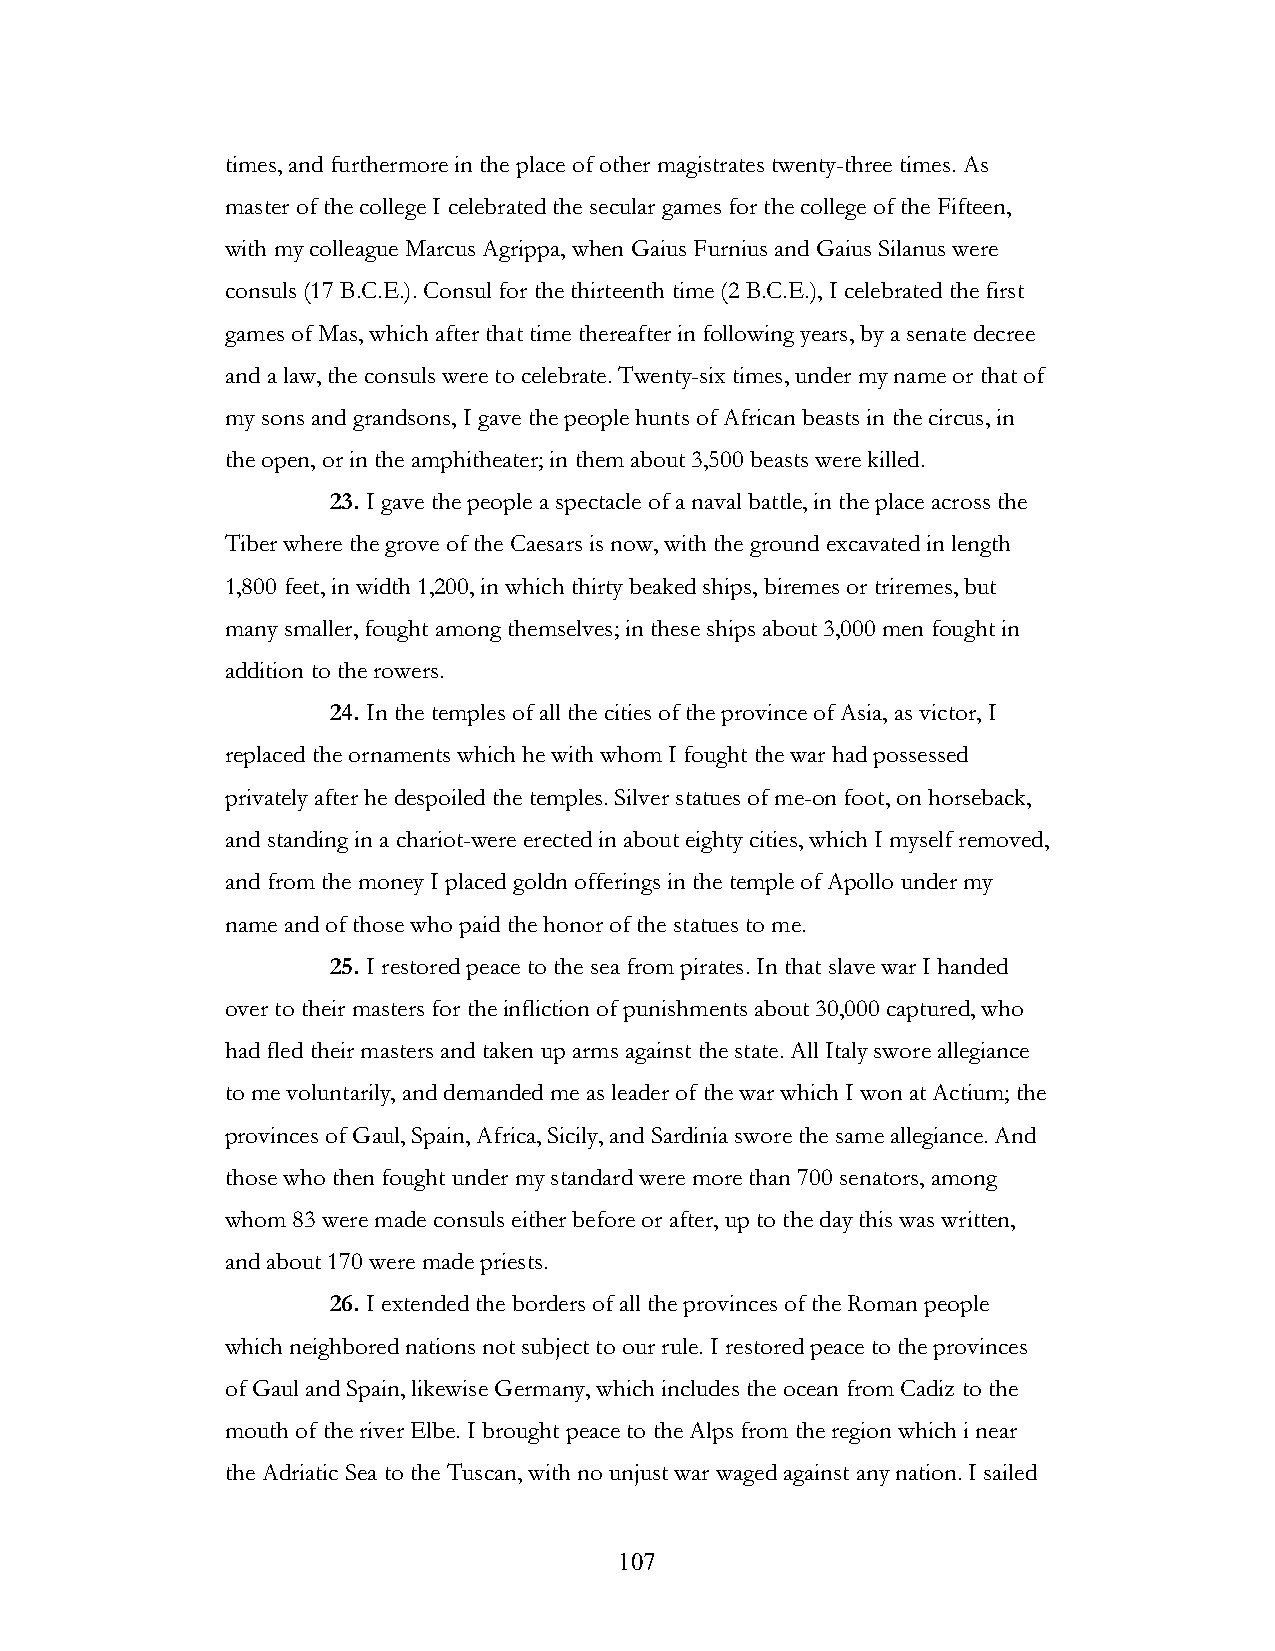
times, and furthermore in the place of other magistrates twenty-three times. As
 master of the college I celebrated the secular games for the college of the Fifteen,
 with my colleague Marcus Agrippa, when Gaius Furnius and Gaius Silanus were
 consuls (17 B.C.E.). Consul for the thirteenth time (2 B.C.E.), I celebrated the first
 games of Mas, which after that time thereafter in following years, by a senate decree
 and a law, the consuls were to celebrate. Twenty-six times, under my name or that of
 my sons and grandsons, I gave the people hunts of African beasts in the circus, in
 the open, or in the amphitheater; in them about 3,500 beasts were killed.
 23. I gave the people a spectacle of a naval battle, in the place across the
 Tiber where the grove of the Caesars is now, with the ground excavated in length
 1,800 feet, in width 1,200, in which thirty beaked ships, biremes or triremes, but
 many smaller, fought among themselves; in these ships about 3,000 men fought in
 addition to the rowers.
 24. In the temples of all the cities of the province of Asia, as victor, I
 replaced the ornaments which he with whom I fought the war had possessed
 privately after he despoiled the temples. Silver statues of me-on foot, on horseback,
 and standing in a chariot-were erected in about eighty cities, which I myself removed,
 and from the money I placed goldn offerings in the temple of Apollo under my
 name and of those who paid the honor of the statues to me.
 25. I restored peace to the sea from pirates. In that slave war I handed
 over to their masters for the infliction of punishments about 30,000 captured, who
 had fled their masters and taken up arms against the state. All Italy swore allegiance
 to me voluntarily, and demanded me as leader of the war which I won at Actium; the
 provinces of Gaul, Spain, Africa, Sicily, and Sardinia swore the same allegiance. And
 those who then fought under my standard were more than 700 senators, among
 whom 83 were made consuls either before or after, up to the day this was written,
 and about 170 were made priests.
 26. I extended the borders of all the provinces of the Roman people
 which neighbored nations not subject to our rule. I restored peace to the provinces
 of Gaul and Spain, likewise Germany, which includes the ocean from Cadiz to the
 mouth of the river Elbe. I brought peace to the Alps from the region which i near
 the Adriatic Sea to the Tuscan, with no unjust war waged against any nation. I sailed
 !                         107